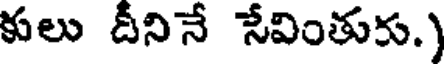
కులు దీనినే సేవింతురు.)